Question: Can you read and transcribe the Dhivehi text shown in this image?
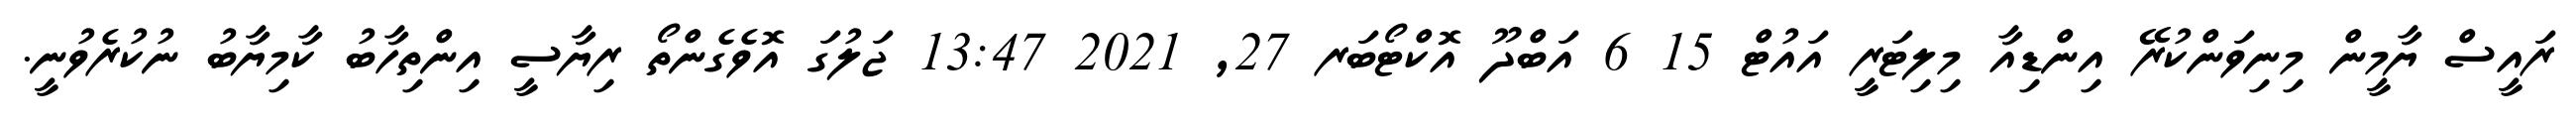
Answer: ރައީސް ޔާމީން މިނިވަންކުރޭ އިންޑިއާ މިލިޓަރީ އައުޓް 15 6 އަބްދޫ އޮކްޓޯބަރ 27, 2021 13:47 ޖަލުގަ އޮވެގެންތޯ ރިޔާސީ އިންތިހާބު ކާމިޔާބު ނުކުރެވުނީ.